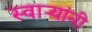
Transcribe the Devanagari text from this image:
स्वाऱ्यांनी